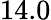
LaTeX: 14.0